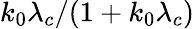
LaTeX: k_{0}\lambda_{c}/(1+k_{0}\lambda_{c})